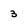
Character: 3